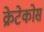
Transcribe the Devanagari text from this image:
क्रेटेकोस